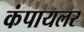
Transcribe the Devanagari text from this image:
कंपायलर